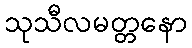
သုသီလမတ္တနော